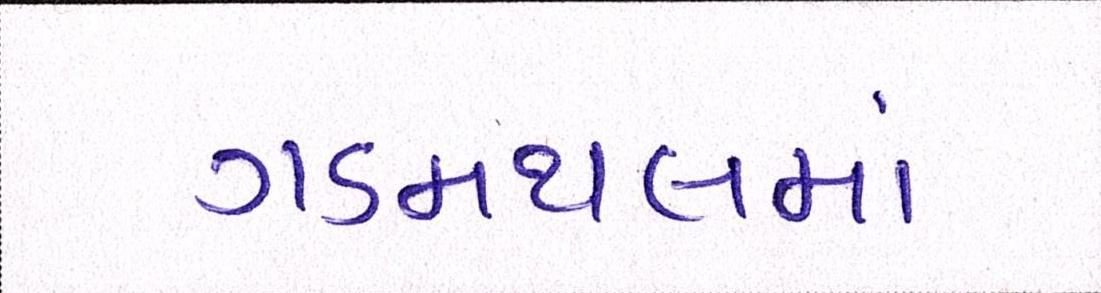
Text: ગડમથલમાં